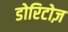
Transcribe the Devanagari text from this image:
डोरिटोज़